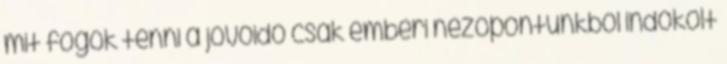
mit fogok tenni a jövőidő csak emberi nézőpontunkból indokolt